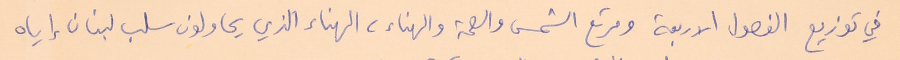
في توزيع الفصول الاربعة ومرتع الشمس والصحة والهناء، الهناء الذي يحاولون سلب لبنان إياه